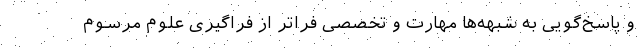
و پاسخ‌گویی به شبهه‌ها مهارت و تخصصی فراتر از فراگیری علوم مرسوم